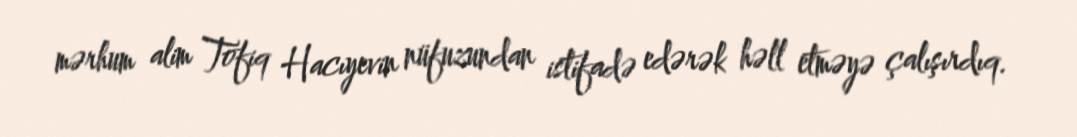
mərhum alim Tofiq Hacıyevin nüfuzundan istifadə edərək həll etməyə çalışırdıq.